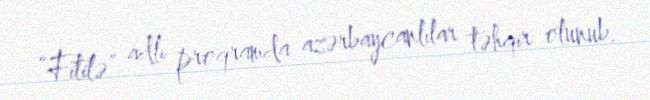
“Fitilə” adlı proqramda azərbaycanlılar təhqir olunub.